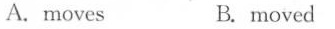
A.moves B. moved